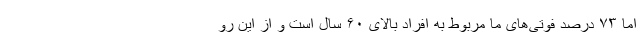
اما ۷۳ درصد فوتی‌های ما مربوط به افراد بالای ۶۰ سال است و از این رو